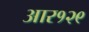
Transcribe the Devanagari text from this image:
आर१२९